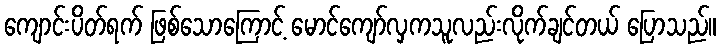
ကျောင်းပိတ်ရက် ဖြစ်သောကြောင့် မောင်ကျော်လှကသူလည်းလိုက်ချင်တယ် ပြောသည်။